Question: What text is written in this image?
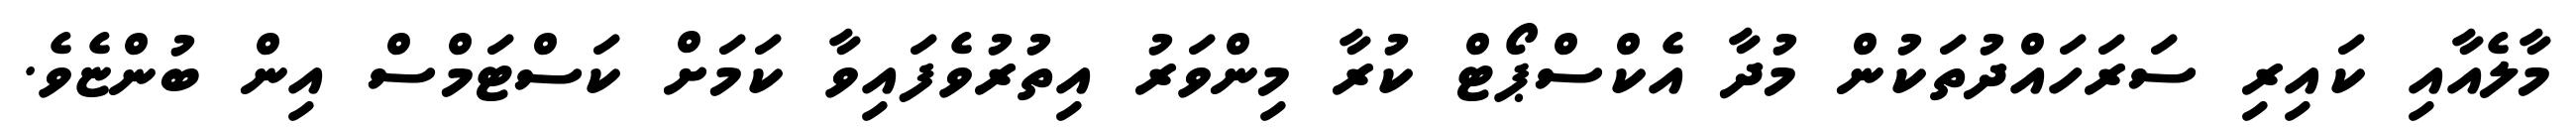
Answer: މާލެއާއި ކައިރި ސަރަހައްދުތަކުން މުދާ އެކްސްޕޯޓް ކުރާ މިންވަރު އިތުރުވެފައިވާ ކަމަށް ކަސްޓަމްސް އިން ބުންޏެވެ.